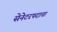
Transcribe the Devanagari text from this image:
सेनेटरपदाचा